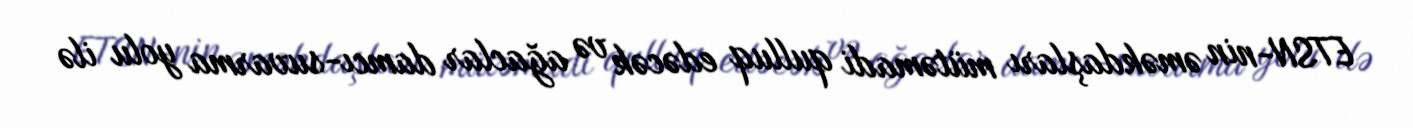
ETSN-nin əməkdaşları mütəmadi qulluq edəcək və ağaclar damcı-suvarma yolu ilə